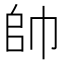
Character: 帥